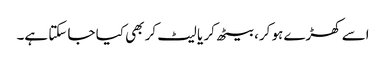
اسے کھڑے ہو کر، بیٹھ کر یا لیٹ کر بھی کیا جا سکتا ہے۔